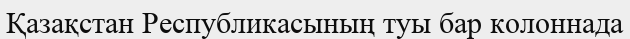
Қазақстан Республикасының туы бар колоннада